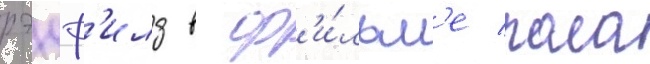
рэдф'илд в ф'и́льм'е пола